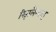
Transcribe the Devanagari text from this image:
स्ज़िलैग्याइ